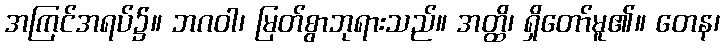
အကြင်အရပ်၌။ ဘဂဝါ၊ မြတ်စွာဘုရားသည်။ အတ္ထိ၊ ရှိတော်မူ၏။ တေန၊